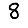
Digit: 8